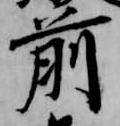
前